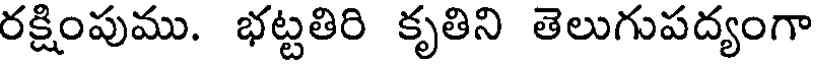
రక్షింపుము. భట్టతిరి కృతిని తెలుగుపద్యంగా